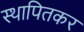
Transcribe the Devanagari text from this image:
स्थापितकर